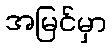
အမြင်မှာ